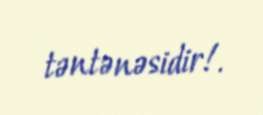
təntənəsidir!.